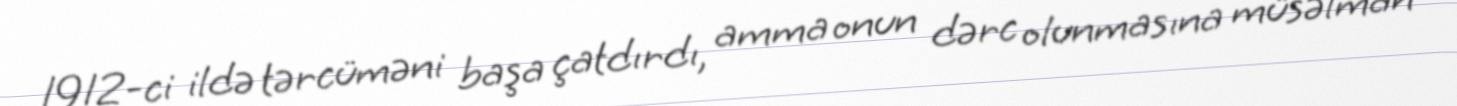
1912-ci ildə tərcüməni başa çatdırdı, amma onun dərc olunmasına müsəlman